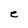
Character: e